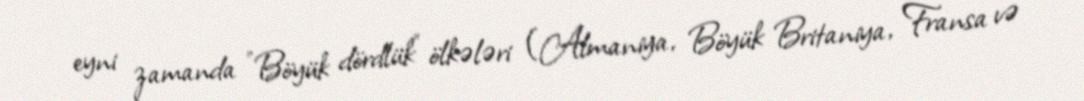
eyni zamanda "Böyük dördlük" ölkələri (Almaniya, Böyük Britaniya, Fransa və